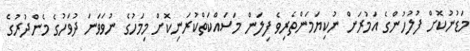
މަޑުނުކޮށް ފުލުހުންގެ އަމުރަށް ނުކިޔަމަންތެރިވެ ފިލަން މަސައްކަތްކުރަނިކޮށް މިމަހުގެ ނުވަވަނަ ދުވަހުގެ މެންދުރުގެ